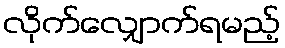
လိုက်လျှောက်ရမည့်